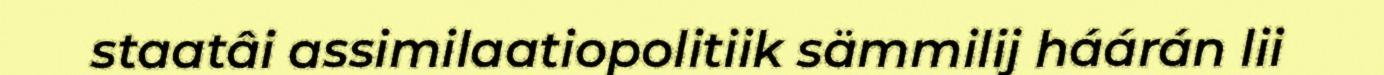
staatâi assimilaatiopolitiik sämmilij háárán lii